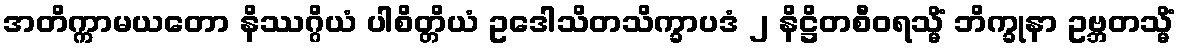
အတိက္ကာမယတော နိဿဂ္ဂိယံ ပါစိတ္တိယံ ဥဒေါသိတသိက္ခာပဒံ ၂ နိဋ္ဌိတစီဝရသ္မိံ ဘိက္ခုနာ ဥဗ္ဘတသ္မိံ